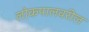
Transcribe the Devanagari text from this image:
लोकपालवरील